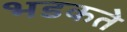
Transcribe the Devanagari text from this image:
भडकते